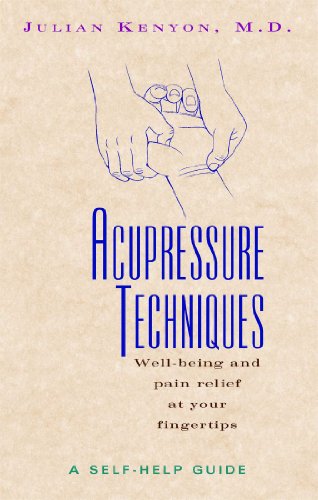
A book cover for Acupressure Techniques: A Self-Help Guide; Julian Kenyon M.D.; Health, Fitness & Dieting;